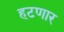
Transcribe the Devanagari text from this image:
हटणार